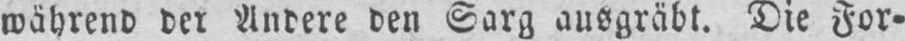
während der Andere den Sarg ausgräbt. Die For⸗